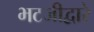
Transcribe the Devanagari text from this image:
भटजीद्वारे